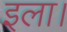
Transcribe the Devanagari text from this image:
इला।